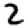
Digit: 2